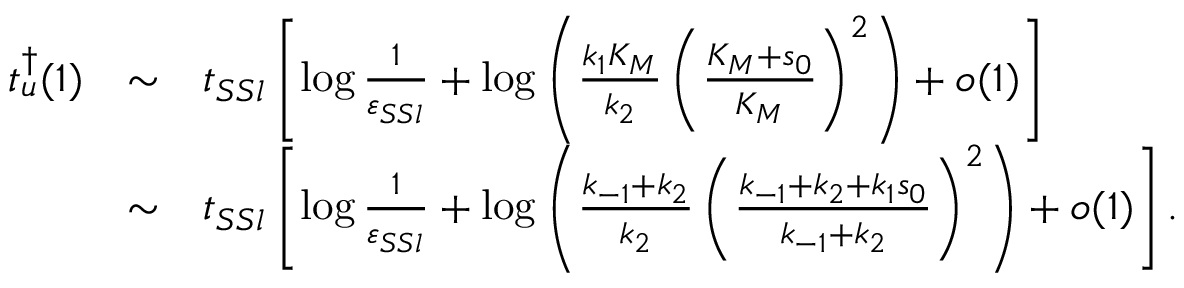
\begin{array} { r c l } { t _ { u } ^ { \dagger } ( 1 ) } & { \sim } & { t _ { S S l } \left[ \log \frac { 1 } { \varepsilon _ { S S l } } + \log \left( \frac { k _ { 1 } K _ { M } } { k _ { 2 } } \left( \frac { K _ { M } + s _ { 0 } } { K _ { M } } \right) ^ { 2 } \right) + o ( 1 ) \right] } \\ & { \sim } & { t _ { S S l } \left[ \log \frac { 1 } { \varepsilon _ { S S l } } + \log \left( \frac { k _ { - 1 } + k _ { 2 } } { k _ { 2 } } \left( \frac { k _ { - 1 } + k _ { 2 } + k _ { 1 } s _ { 0 } } { k _ { - 1 } + k _ { 2 } } \right) ^ { 2 } \right) + o ( 1 ) \right] . } \end{array}